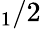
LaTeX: _1/2